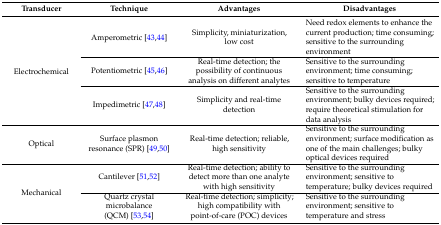
<table><thead><tr><td><b>Transducer</b></td><td><b>Technique</b></td><td><b>Advantages</b></td><td><b>Disadvantages</b></td></tr></thead><tbody><tr><td rowspan="3">Electrochemical</td><td>Amperometric [43,44]</td><td>Simplicity, miniaturization, low cost</td><td>Need redox elements to enhance the current production; time consuming; sensitive to the surrounding environment</td></tr><tr><td>Potentiometric [45,46]</td><td>Real-time detection; the possibility of continuous analysis on different analytes</td><td>Sensitive to the surrounding environment; time consuming; sensitive to temperature</td></tr><tr><td>Impedimetric [47,48]</td><td>Simplicity and real-time detection</td><td>Sensitive to the surrounding environment; bulky devices required; require theoretical stimulation for data analysis</td></tr><tr><td>Optical</td><td>Surface plasmon resonance (SPR) [49,50]</td><td>Real-time detection; reliable, high sensitivity</td><td>Sensitive to the surrounding environment; surface modification as one of the main challenges; bulky optical devices required</td></tr><tr><td rowspan="2">Mechanical</td><td>Cantilever [51,52]</td><td>Real-time detection; ability to detect more than one analyte with high sensitivity</td><td>Sensitive to the surrounding environment; sensitive to temperature; bulky devices required</td></tr><tr><td>Quartz crystal microbalance (QCM) [53,54]</td><td>Real-time detection; simplicity; high compatibility with point-of-care (POC) devices</td><td>Sensitive to the surrounding environment; sensitive to temperature and stress</td></tr></tbody></table>